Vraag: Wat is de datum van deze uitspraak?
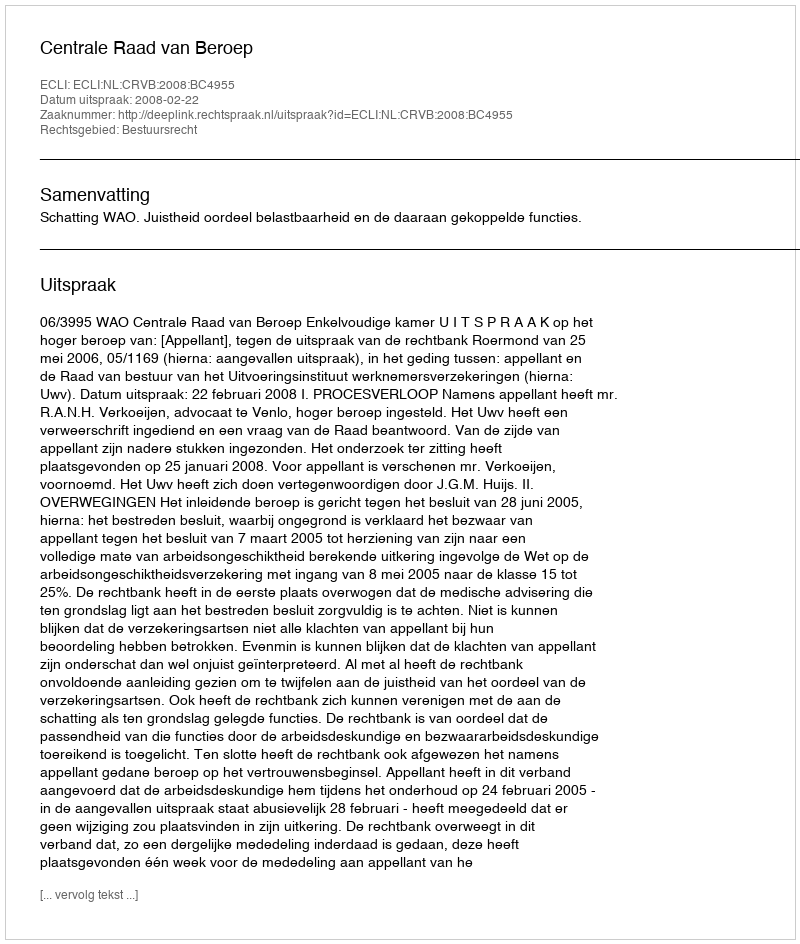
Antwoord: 2008-02-22